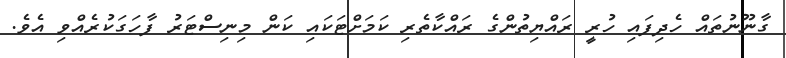
ގާނޫނުތައް ހެދިފައި ހުރީ ރައްޔިތުންގެ ރައްކާތެރި ކަމަށްޓަކައި ކަން މިނިސްޓަރު ފާހަގަކުރެއްވި އެވެ.